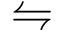
\leftrightharpoons